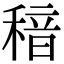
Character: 䅧